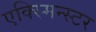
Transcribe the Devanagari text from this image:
एक्स्मिन्स्टर